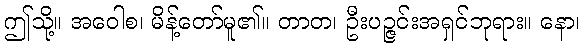
ဤသို့။ အဝေါစ၊ မိန့်တော်မူ၏။ တာတ၊ ဦးပဉ္ဇင်းအရှင်ဘုရား။ နော၊